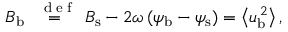
{ B } _ { \mathrm { b } } \stackrel { \mathrm { ~ \tiny ~ { ~ d ~ e ~ f ~ } ~ } } { = } { B } _ { \mathrm { s } } - 2 \omega \, ( { \psi } _ { \mathrm { b } } - { \psi } _ { \mathrm { s } } ) = \left< { u } _ { \mathrm { b } } ^ { \, 2 } \right> ,